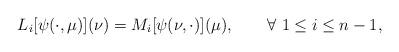
LaTeX: \begin{align*}L_i [\psi(\cdot,\mu)](\nu) = M_i [\psi(\nu,\cdot)](\mu), \qquad\forall\ 1 \leq i \leq n-1,\end{align*}